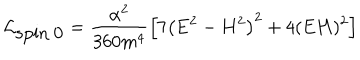
LaTeX: \mathcal { L } _ { \mathrm { s p i n ~ 0 } } = \frac { \alpha ^ { 2 } } { 3 6 0 m ^ { 4 } } \left[ 7 \left( \mathbf { E } ^ { 2 } - \mathbf { H } ^ { 2 } \right) ^ { 2 } + 4 ( \mathbf { E H } ) ^ { 2 } \right]